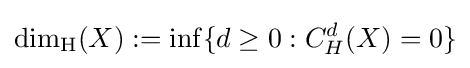
\dim _{\operatorname {H} }(X):=\inf\{d\geq 0:C_{H}^{d}(X)=0\}